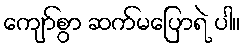
ကျော်စွာ ဆက်မပြောရဲ ပါ။